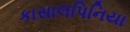
કાસાલપિનિયા